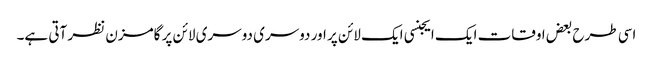
اسی طرح بعض اوقات ایک ایجنسی ایک لائن پر اور دوسری دوسری لائن پر گامزن نظر آتی ہے۔